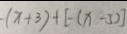
- ( x + 3 ) + [ - ( x - 5 ) ]